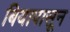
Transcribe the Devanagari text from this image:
बियापासून